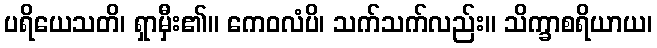
ပရိယေသတိ၊ ရှာမှီး၏။ ကေဝလံပိ၊ သက်သက်လည်း။ သိက္ခာစရိယာယ၊